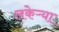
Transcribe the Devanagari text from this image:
लकेऱ्या